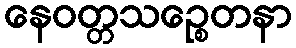
နေဝတ္တသဉ္စေတနာ